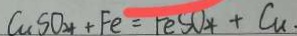
C u S O _ { 4 } + F e = F e S O _ { 4 } + C u .